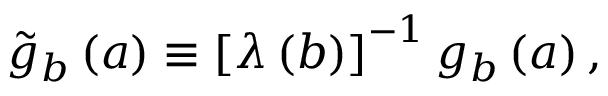
\tilde { g } _ { b } \left( a \right) \equiv \left[ \lambda \left( b \right) \right] ^ { - 1 } g _ { b } \left( a \right) ,